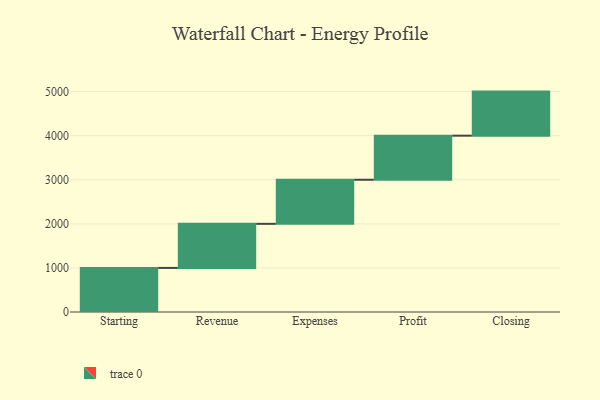
{"axis": {"x": "Step", "y": "Value"}, "legend": [""], "data": [{"x": "Starting", "y": 1000, "type": ""}, {"x": "Revenue", "y": 1000, "type": ""}, {"x": "Expenses", "y": 1000, "type": ""}, {"x": "Profit", "y": 1000, "type": ""}, {"x": "Closing", "y": 1000, "type": ""}]}